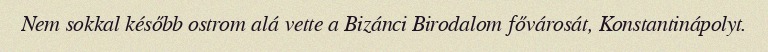
Nem sokkal később ostrom alá vette a Bizánci Birodalom fővárosát, Konstantinápolyt.